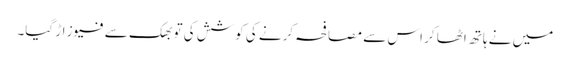
میں نے ہاتھ اٹھا کر اس سے مصافحہ کرنے کی کوشش کی تو بھک سے فیوز اڑ گیا۔